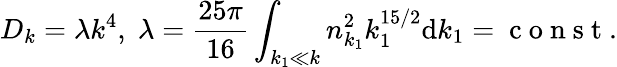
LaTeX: D_{k}=\lambda k^{4},\; \lambda=\frac{25\pi}{16}\int_{k_{1}\ll k}n_{k_{1}}^{2}k_{1}^{15/2}\mathrm dk_{1}=\mathrm{~c~o~n~s~t~}.